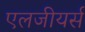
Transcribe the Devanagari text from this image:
एलजीयर्स